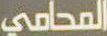
المحامي